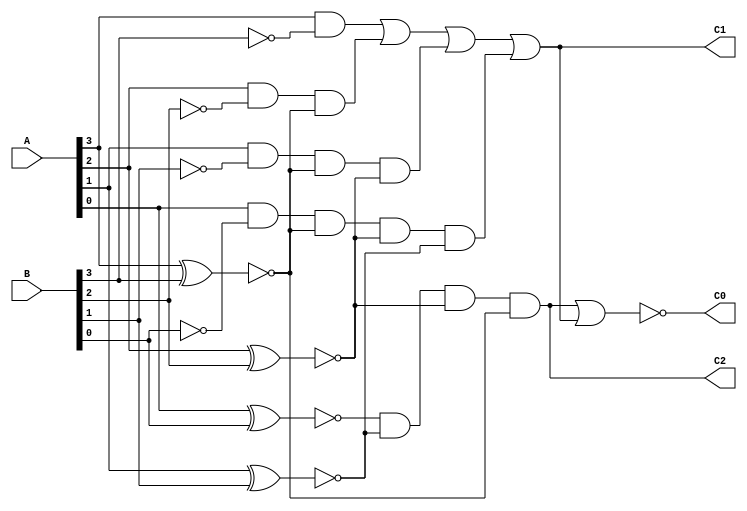
module comparator(A,B,C2,C1,C0);

   output C2,C1,C0;                 // C2= (A=B),  C1= (A>B), C0= (A<B)
   input [3:0] A;
   input [3:0] B;   

   assign X0 = ~(A[0]^B[0]), X1 = ~(A[1]^B[1]), X2 = ~(A[2]^B[2]), X3 = ~(A[3]^B[3]);
   assign C2 = X0&X1&X2&X3;

   assign C1 = ( (A[3]&(~B[3])) | (A[2]&(~B[2])&X3) | (A[1]&(~B[1])&X3&X2) | (A[0]&(~B[0])&X3&X2&X1) );

   assign C0= ~(C2 | C1);
endmodule